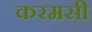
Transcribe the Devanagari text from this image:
करमसी